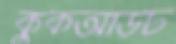
কুকআউট